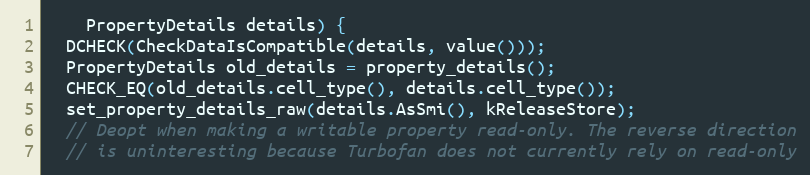
Language: C
    PropertyDetails details) {
  DCHECK(CheckDataIsCompatible(details, value()));
  PropertyDetails old_details = property_details();
  CHECK_EQ(old_details.cell_type(), details.cell_type());
  set_property_details_raw(details.AsSmi(), kReleaseStore);
  // Deopt when making a writable property read-only. The reverse direction
  // is uninteresting because Turbofan does not currently rely on read-only